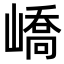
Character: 嶠